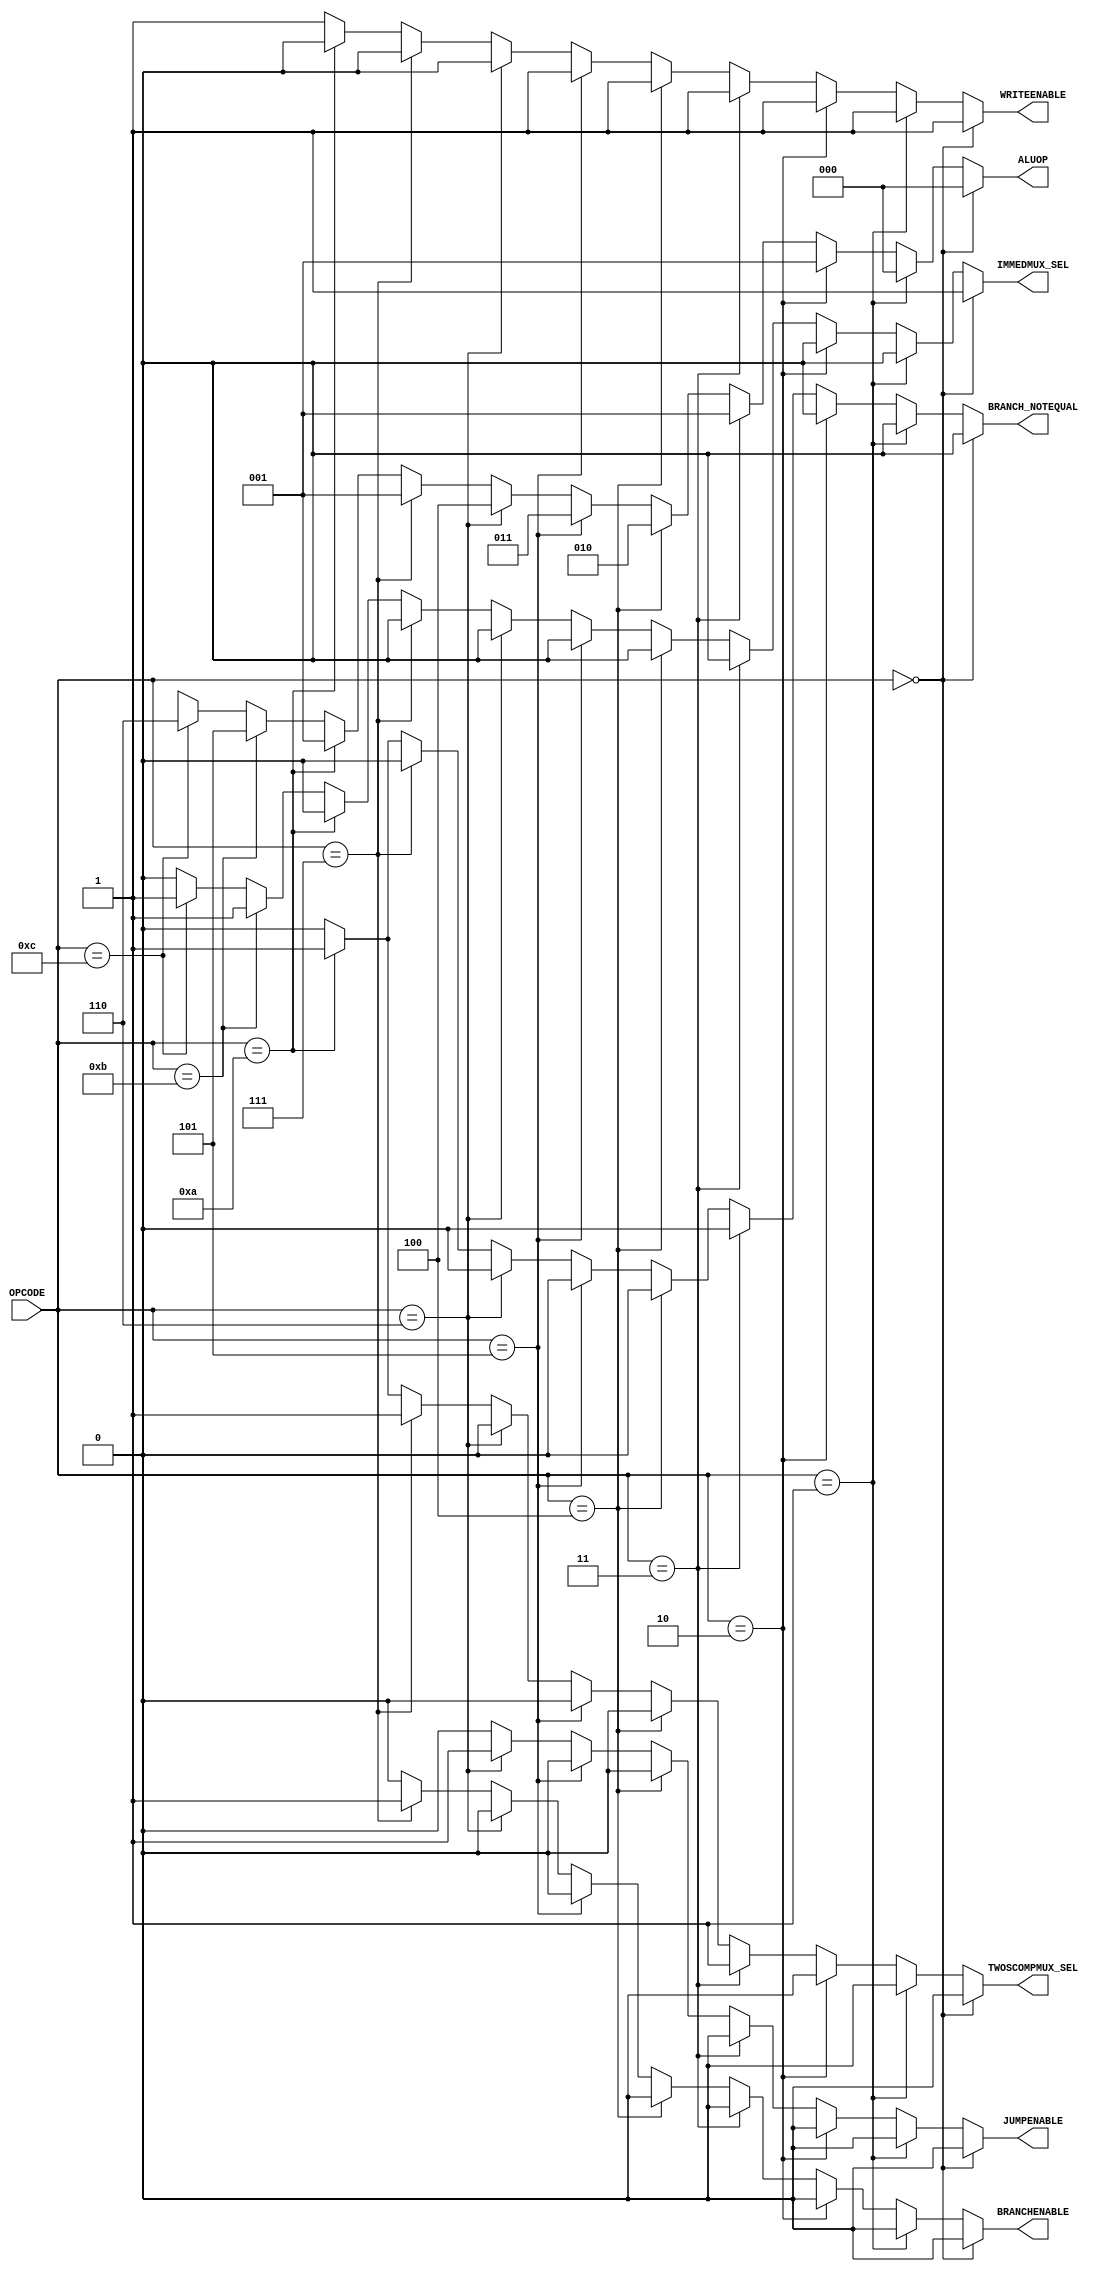
module control_unit(OPCODE,ALUOP,WRITEENABLE,TWOSCOMPMUX_SEL,IMMEDMUX_SEL,BRANCHENABLE,JUMPENABLE,BRANCH_NOTEQUAL);

  input [7:0] OPCODE;     //to decide the ALUOP code
  output reg [2:0] ALUOP;     //to select each operation add,sub,loadi,and...
  output reg WRITEENABLE,TWOSCOMPMUX_SEL,IMMEDMUX_SEL,BRANCHENABLE,JUMPENABLE,BRANCH_NOTEQUAL;    //control signals

  //decoding the opcode 
  always @(*)
  begin
    #1;                     //delay for decoding and creating control signals
    WRITEENABLE = 1'b1;     //enables write to register signal
    TWOSCOMPMUX_SEL = 1'b0; 
    IMMEDMUX_SEL = 1'b0;
    BRANCHENABLE = 1'b0;
    JUMPENABLE = 1'b0;
    BRANCH_NOTEQUAL = 1'b0;         //control signal for bne (branch not equal)

    if(OPCODE == 8'b00000000)         //for loadi instruction
    begin
      ALUOP = 3'b000;
      IMMEDMUX_SEL = 1'b1;                    //enables mux for immediate value select
    end
    else if (OPCODE == 8'b00000001) begin     //for mov instruction
      ALUOP = 3'b000;
    end
    else if (OPCODE == 8'b00000010) begin     //for add instruction
      ALUOP = 3'b001;
    end
    else if (OPCODE == 8'b00000011) begin     //for sub instruction
      ALUOP = 3'b001;
      TWOSCOMPMUX_SEL = 1'b1;                 //enables 2's compliment select mux for sub instructions
    end
    else if (OPCODE == 8'b00000100) begin     //for and instruction
      ALUOP = 3'b010;
    end
    else if (OPCODE == 8'b00000101) begin     //for or instruction
      ALUOP = 3'b011;
    end
    else if (OPCODE == 8'b00000110) begin     //for jump instruction
      ALUOP = 3'b100;  
      JUMPENABLE = 1'b1;                       //enabled to send jump signal to manipulate PC                 
      WRITEENABLE = 1'b0;
    end
    else if (OPCODE == 8'b00000111) begin     //for beq instruction
      ALUOP = 3'b001;                         //used same aluop as add/sub so that the register values difference can be used to calculate ZERO. 
      TWOSCOMPMUX_SEL = 1'b1;                 //enabled to get substract result from two register values
      BRANCHENABLE = 1'b1;                    //enabled to send branch equal signal to manipulate PC
      WRITEENABLE = 1'b0;
    end
    else if (OPCODE == 8'b00001010) begin     //for bne instruction
      ALUOP = 3'b001;                         //used same aluop as add/sub so that the register values difference can be used to calculate ZERO.
      TWOSCOMPMUX_SEL = 1'b1;                 //enabled to get substract result from two register values
      BRANCH_NOTEQUAL = 1'b1;                 //enabled to send branch not equal signal to manipulate PC
      WRITEENABLE = 1'b0;
    end
    else if (OPCODE == 8'b00001011) begin       //for logical left shift instruction
      ALUOP = 3'b101;
      IMMEDMUX_SEL = 1'b1;

    end
    else if (OPCODE == 8'b00001100) begin       //for logical right shift instruction
      ALUOP = 3'b110;
      IMMEDMUX_SEL = 1'b1;
    end
    else
    begin
      ALUOP = 3'bxxx;         //default for not yet used ALUOP values
    end
  end

endmodule